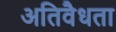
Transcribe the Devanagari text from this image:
अतिवैधता